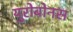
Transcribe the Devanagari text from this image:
युरोबोनस